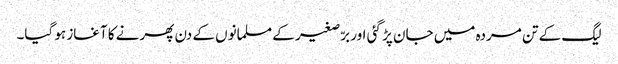
لیگ کے تن مردہ میں جان پڑ گئی اور برّصغیر کے مسلمانوں کے دن پھرنے کا آغاز ہو گیا۔